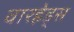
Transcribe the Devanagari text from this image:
वारहेड्स